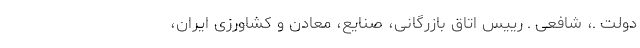
دولت ـ، شافعی ـ رییس اتاق بازرگانی، صنایع، معادن و کشاورزی ایران،